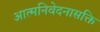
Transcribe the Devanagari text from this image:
आत्मनिवेदनासक्ति